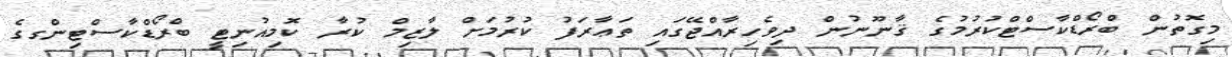
މިގޮތުން ބްރޯޑްކާސްޓްކުރުމުގެ ޤާނޫނުން ދިވެހިރާއްޖޭގައި ތަޢާރަފު ކުރުމަށް ލާޒިމް ކުރާ ކޮމިއުނިޓީ ބްރޯޑްކާސްޓިންގގެ